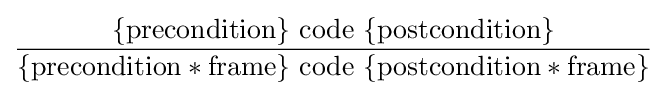
{\frac {\{\mathrm {precondition} \}\ \mathrm {code} \ \{\mathrm {postcondition} \}}{\{\mathrm {precondition} \ast \mathrm {frame} \}\ \mathrm {code} \ \{\mathrm {postcondition} \ast \mathrm {frame} \}}}